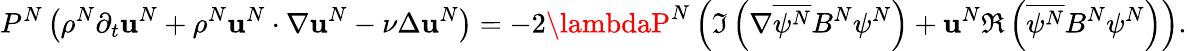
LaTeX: P^{N}\left(\rho^{N}\partial_{t}\mathbf{u}^{N}+\rho^{N}\mathbf{u}^{N}\cdot\nabla\mathbf{u}^{N}-\nu\Delta\mathbf{u}^{N}\right)=-2\lambdaP^{N}\left(\Im\left(\nabla\overline{{{\psi^{N}}}}B^{N}\psi^{N}\right)+\mathbf{u}^{N}\Re\left(\overline{{{\psi^{N}}}}B^{N}\psi^{N}\right)\right).